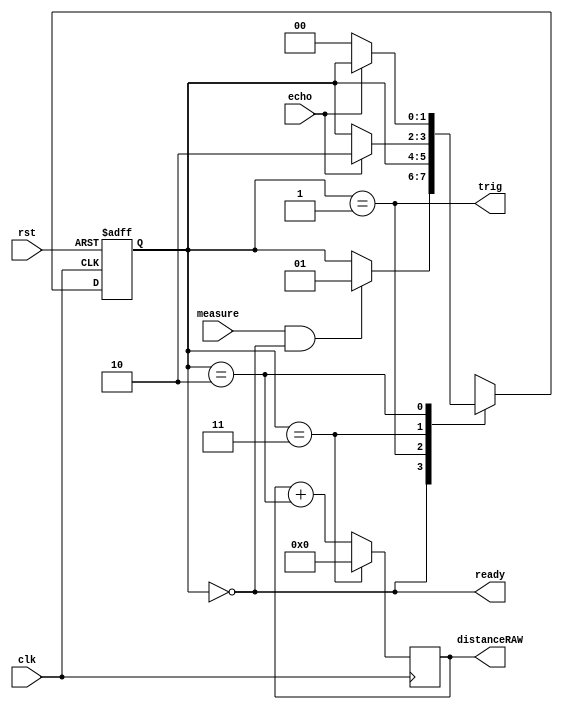
module distance #(parameter ten_us = 20'd2000) (
  input clk, // 50 MHz
  input rst,
  input measure,
  
  output ready,
  // HC-SR04 signals
  input echo, // JA1
  output trig, // JA2
  output reg [21:0] distanceRAW
);

 reg [1:0] state;
  localparam IDLE = 2'b00,
            TRIGGER = 2'b01,
            WAIT = 2'b11,
            COUNTECHO = 2'b10;

  wire inIDLE, inTRIGGER, inWAIT, inCOUNTECHO;
  reg [9:0] counter;
  wire trigcountDONE, counterDONE;

  // Ready
  assign ready = inIDLE;

  // Decode states
  assign inIDLE = (state == IDLE);
  assign inTRIGGER = (state == TRIGGER);
  assign inWAIT = (state == WAIT);
  assign inCOUNTECHO = (state == COUNTECHO);

  // State transactions
  always @(posedge clk or posedge rst) begin
    if (rst) begin
      state <= IDLE;
    end else begin
      case(state)
        IDLE:
          begin
            state <= (measure & ready) ? TRIGGER : state;
          end
        TRIGGER:
          begin
            state <= (trigcountDONE) ? WAIT : state;
          end
        WAIT:
          begin
            state <= (echo) ? COUNTECHO : state;
          end
        COUNTECHO:
          begin
            state <= (echo) ? state : IDLE;
          end
      endcase
    end
  end

  // Trigger
  assign trig = inTRIGGER;

  // Counter
  always @(posedge clk) begin
    if (inIDLE) begin
      counter <= 10'd0;
    end else begin
      counter <= counter + (|counter | inTRIGGER);
    end
  end
  assign trigcountDONE = (counter == ten_us);

  // Get distance
  always @(posedge clk) begin
    if (inWAIT) begin
      distanceRAW <= 22'd0;
    end else begin
      distanceRAW <= distanceRAW + (21'd0 | inCOUNTECHO);
    end
  end
endmodule

module refresher250ms (
  input clk,
  input en,
  output measure
);
  reg [24:0] counter;

  assign measure = (counter == 25'd5_000_000); // 250ms for 50MHz clock

  always @(posedge clk) begin
    if (~en | (counter == 25'd5_000_000)) begin
      counter <= 25'd0;
    end else begin
      counter <= counter + 1;
    end
  end
endmodule